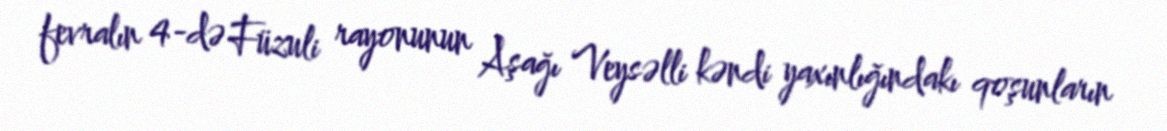
fevralın 4-də Füzuli rayonunun Aşağı Veysəlli kəndi yaxınlığındakı qoşunların